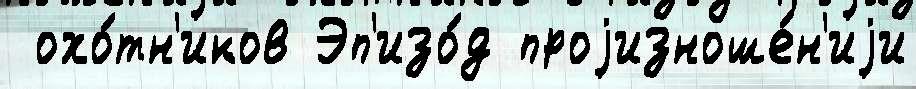
 охо́тн'иков Эп'изо́д проjизноше́н'иjи